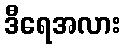
ဒီရေအလား